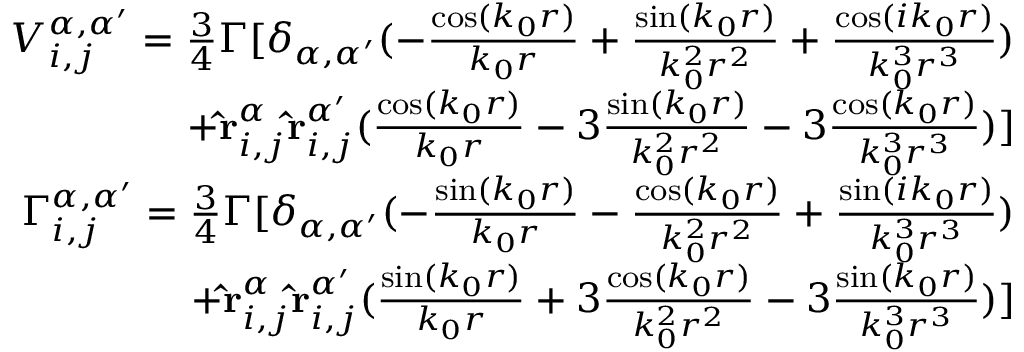
\begin{array} { r } { V _ { i , j } ^ { \alpha , \alpha ^ { \prime } } = \frac { 3 } { 4 } \Gamma [ \delta _ { \alpha , \alpha ^ { \prime } } ( - \frac { \cos ( k _ { 0 } r ) } { k _ { 0 } r } + \frac { \sin ( k _ { 0 } r ) } { k _ { 0 } ^ { 2 } r ^ { 2 } } + \frac { \cos ( i k _ { 0 } r ) } { k _ { 0 } ^ { 3 } r ^ { 3 } } ) } \\ { + \mathbf { \hat { r } } _ { i , j } ^ { \alpha } \mathbf { \hat { r } } _ { i , j } ^ { \alpha ^ { \prime } } ( \frac { \cos ( k _ { 0 } r ) } { k _ { 0 } r } - 3 \frac { \sin ( k _ { 0 } r ) } { k _ { 0 } ^ { 2 } r ^ { 2 } } - 3 \frac { \cos ( k _ { 0 } r ) } { k _ { 0 } ^ { 3 } r ^ { 3 } } ) ] } \\ { \Gamma _ { i , j } ^ { \alpha , \alpha ^ { \prime } } = \frac { 3 } { 4 } \Gamma [ \delta _ { \alpha , \alpha ^ { \prime } } ( - \frac { \sin ( k _ { 0 } r ) } { k _ { 0 } r } - \frac { \cos ( k _ { 0 } r ) } { k _ { 0 } ^ { 2 } r ^ { 2 } } + \frac { \sin ( i k _ { 0 } r ) } { k _ { 0 } ^ { 3 } r ^ { 3 } } ) } \\ { + \mathbf { \hat { r } } _ { i , j } ^ { \alpha } \mathbf { \hat { r } } _ { i , j } ^ { \alpha ^ { \prime } } ( \frac { \sin ( k _ { 0 } r ) } { k _ { 0 } r } + 3 \frac { \cos ( k _ { 0 } r ) } { k _ { 0 } ^ { 2 } r ^ { 2 } } - 3 \frac { \sin ( k _ { 0 } r ) } { k _ { 0 } ^ { 3 } r ^ { 3 } } ) ] } \end{array}